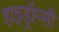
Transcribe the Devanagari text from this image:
हाइड्रॉप्सी